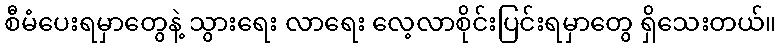
စီမံပေးရမှာတွေနဲ့ သွားရေး လာရေး လေ့လာစိုင်းပြင်းရမှာတွေ ရှိသေးတယ်။